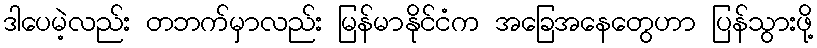
ဒါပေမဲ့လည်း တဘက်မှာလည်း မြန်မာနိုင်ငံက အခြေအနေတွေဟာ ပြန်သွားဖို့